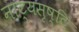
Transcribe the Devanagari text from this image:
नाट्यसृष्टि